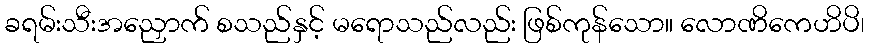
ခရမ်းသီးအညှောက် စသည်နှင့် မရောသည်လည်း ဖြစ်ကုန်သော။ လောဏိကေဟိပိ၊